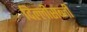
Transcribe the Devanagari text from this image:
दिल्लीसब्जी